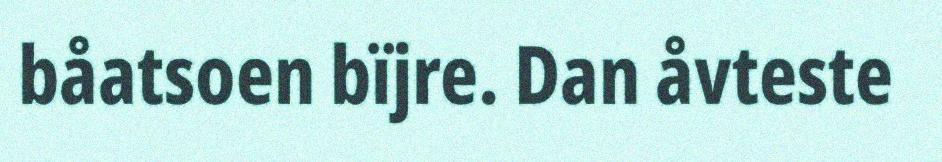
båatsoen bïjre. Dan åvteste